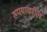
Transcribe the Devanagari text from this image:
रुपयावरील